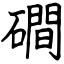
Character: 磵